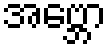
အဗ္ဘော